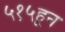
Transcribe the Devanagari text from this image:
५१५हून